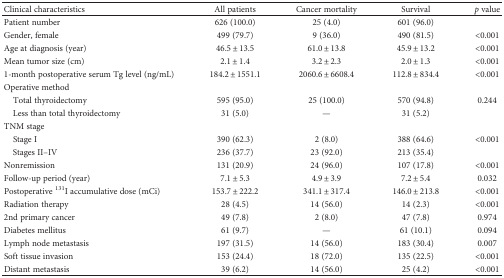
| Clinical characteristics | All patients | Cancer mortality | Survival | p value |
 | --- | --- | --- | --- | --- |
 | Patient number | 626 (100.0) | 25 (4.0) | 601 (96.0) |  |
 | Gender, female | 499 (79.7) | 9 (36.0) | 490 (81.5) | <0.001 |
 | Age at diagnosis (year) | 46.5 ± 13.5 | 61.0 ± 13.8 | 45.9 ± 13.2 | <0.001 |
 | Mean tumor size (cm) | 2.1 ± 1.4 | 3.2 ± 2.3 | 2.0 ± 1.3 | <0.001 |
 | 1-month postoperative serum Tg level (ng/mL) | 184.2 ± 1551.1 | 2060.6 ± 6608.4 | 112.8 ± 834.4 | <0.001 |
 | <COLSPAN=5> Operative method |
 | Total thyroidectomy | 595 (95.0) | 25 (100.0) | 570 (94.8) | 0.244 |
 | Less than total thyroidectomy | 31 (5.0) | — | 31 (5.2) |  |
 | <COLSPAN=5> TNM stage |
 | Stage I | 390 (62.3) | 2 (8.0) | 388 (64.6) | <0.001 |
 | Stages II–IV | 236 (37.7) | 23 (92.0) | 213 (35.4) |  |
 | Nonremission | 131 (20.9) | 24 (96.0) | 107 (17.8) | <0.001 |
 | Follow-up period (year) | 7.1 ± 5.3 | 4.9 ± 3.9 | 7.2 ± 5.4 | 0.032 |
 | Postoperative 131I accumulative dose (mCi) | 153.7 ± 222.2 | 341.1 ± 317.4 | 146.0 ± 213.8 | <0.001 |
 | Radiation therapy | 28 (4.5) | 14 (56.0) | 14 (2.3) | <0.001 |
 | 2nd primary cancer | 49 (7.8) | 2 (8.0) | 47 (7.8) | 0.974 |
 | Diabetes mellitus | 61 (9.7) | — | 61 (10.1) | 0.094 |
 | Lymph node metastasis | 197 (31.5) | 14 (56.0) | 183 (30.4) | 0.007 |
 | Soft tissue invasion | 153 (24.4) | 18 (72.0) | 135 (22.5) | <0.001 |
 | Distant metastasis | 39 (6.2) | 14 (56.0) | 25 (4.2) | <0.001 |